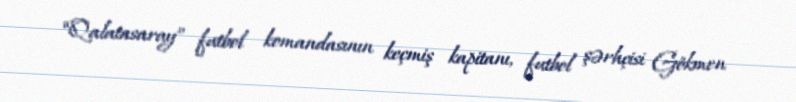
“Qalatasaray” futbol komandasının keçmiş kapitanı, futbol şərhçisi Gökmen